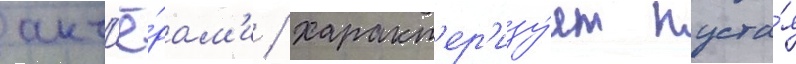
акт'ё́рам'и / характ'ер'изу́ет пуста́я